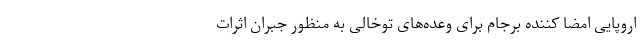
اروپایی امضا کننده برجام برای وعده‌های توخالی به منظور جبران اثرات